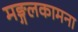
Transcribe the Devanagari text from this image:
मङ्गलकामना